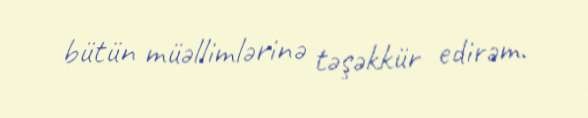
bütün müəllimlərinə təşəkkür edirəm.